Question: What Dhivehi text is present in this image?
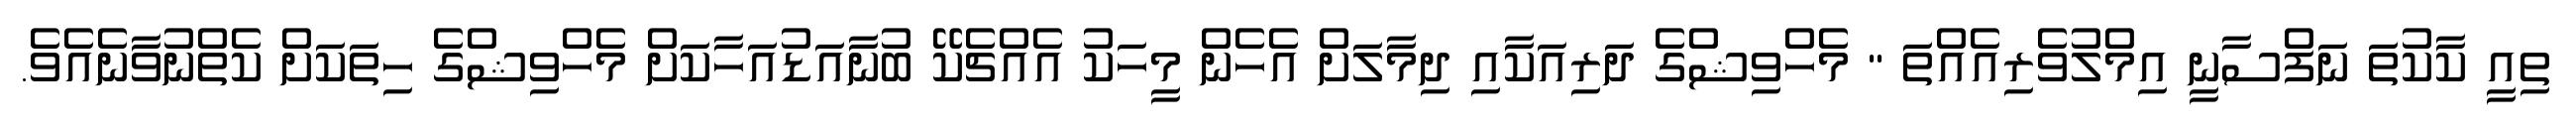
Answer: ތިއީ ކާކުތަ ނަފްސާނީ އިމްލުވެރިއެއްތަ " މެހްވިޝްގެ ދަރިއަކާއި ދިމާލަށް އެހެން މީހަކު އެއްޗެކޭ ބުނާއަޑުއަހާކަށް މެހްވިޝްގެ ހިތަކަށް ކެތްނުވާނެއެވެ.